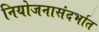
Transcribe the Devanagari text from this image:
नियोजनासंदर्भात